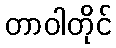
တာဝါတိုင်